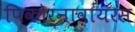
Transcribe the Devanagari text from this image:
पिकोर्नावायरस